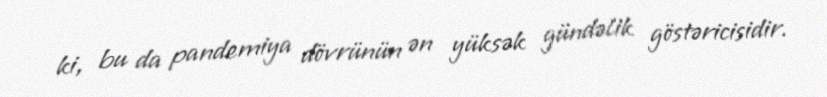
ki, bu da pandemiya dövrünün ən yüksək gündəlik göstəricisidir.